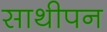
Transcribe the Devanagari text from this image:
साथीपन